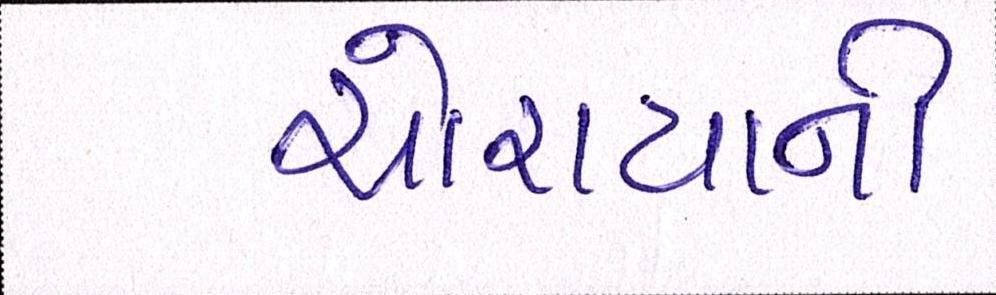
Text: ચોરાયાની